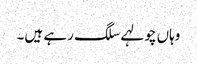
وہاں چولہے سلگ رہے ہیں۔